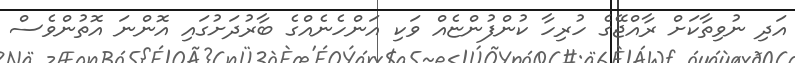
އަދި ނުވިތާކަށް ރާއްޖޭގެ ހުރިހާ ކުންފުންޏެއް ވަކި އަންހެނެއްގެ ބާރުދަށުގައި އޮންނަ އޮތުންވެސް